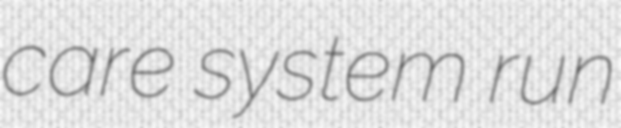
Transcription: care system run